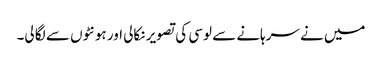
میں نے سرہانے سے لوسی کی تصویر نکالی اور ہونٹوں سے لگا لی۔